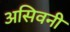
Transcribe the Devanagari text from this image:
असिवनी